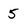
Character: 5